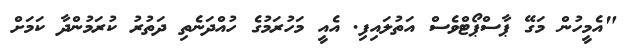
"އެމީހުން މަގޭ ޕާސްޕޯޓްވެސް އަތުލައިފި. އެއީ މަހުރަމުގެ ހުއްދަނެތި ދަތުރު ކުރަމުންދާ ކަމަށް